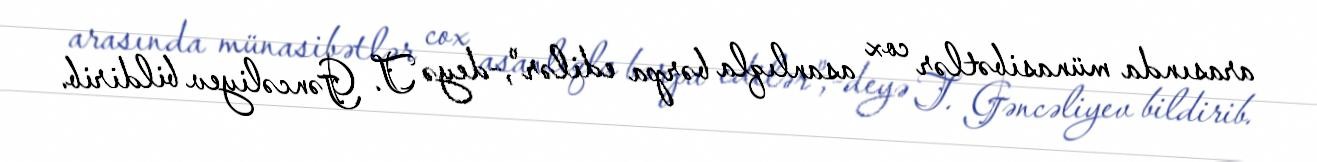
arasında münasibətlər cox asanlıqla bərpa edilər",-deyə T. Gəncəliyev bildirib.